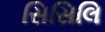
સિસિલિ